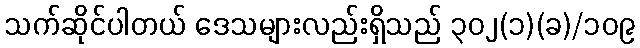
သက်ဆိုင်ပါတယ် ဒေသများလည်းရှိသည် ၃၀၂(၁)(ခ)/၁၀၉